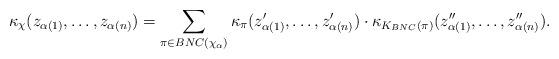
LaTeX: \begin{align*}\kappa_\chi(z_{\alpha(1)}, \ldots, z_{\alpha(n)}) = \sum_{\pi \in BNC(\chi_\alpha)} \kappa_\pi(z'_{\alpha(1)}, \ldots, z'_{\alpha(n)}) \cdot \kappa_{K_{BNC}(\pi)}(z''_{\alpha(1)}, \ldots, z''_{\alpha(n)}).\end{align*}